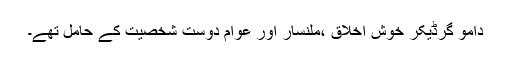
دامو گرڈیکر خوش اخلاق ،ملنسار اور عوام دوست شخصیت کے حامل تھے۔